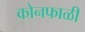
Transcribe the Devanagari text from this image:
कोनफाळी